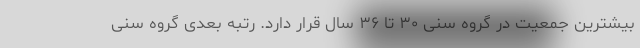
بیشترین جمعیت در گروه سنی ۳۰ تا ۳۶ سال قرار دارد. رتبه بعدی گروه سنی